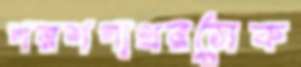
পরশপাথরসেক